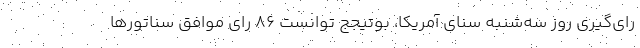
رای‌گیری روز سه‌شنبه سنای آمریکا، بوتیجج توانست ۸۶ رای موافق سناتورها